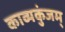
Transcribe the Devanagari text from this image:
काव्यकुंजम्